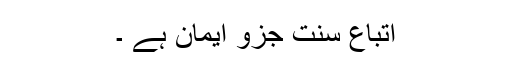
اتباعِ سنت جزو ایمان ہے ۔